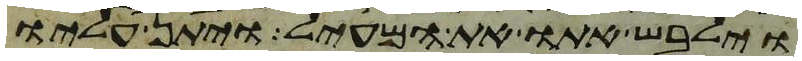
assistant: וילבש אתו את המעיל ויתן עליו